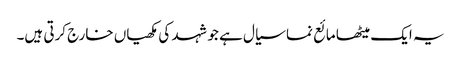
یہ ایک میٹھا مائع نما سیال ہے جو شہد کی مکھیاں خارج کرتی ہیں۔